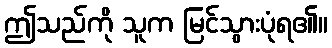
ဤသည်ကို သူက မြင်သွားပုံရ၏။